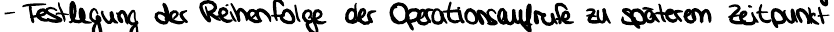
- Festlegung der Reihenfolge der Operationsaufrufe zu späterem Zeitpunkt